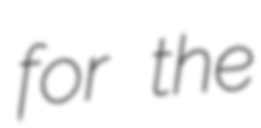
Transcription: for the